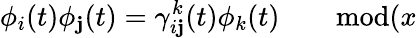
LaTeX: \phi_{i}(t)\phi_{\mathbf{j}}(t)=\gamma_{i\mathbf{j}}^{k}(t)\phi_{k}(t)\qquad\mathrm{{mod}}(x